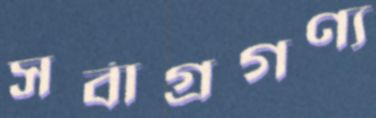
সর্বাগ্রগণ্য